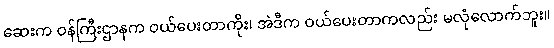
ဆေးက ဝန်ကြီးဌာနက ဝယ်ပေးတာကိုး၊ အဲဒီက ဝယ်ပေးတာကလည်း မလုံလောက်ဘူး။